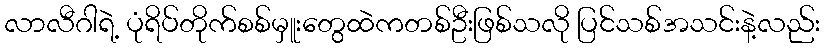
လာလီဂါရဲ့ ပုံရိပ်တိုက်စစ်မှူးတွေထဲကတစ်ဦးဖြစ်သလို ပြင်သစ်အသင်းနဲ့လည်း